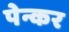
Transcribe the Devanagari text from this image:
पेन्कर